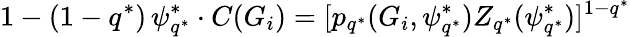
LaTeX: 1-(1-q^{*})\, \psi_{q^{*}}^{*}\cdot C(G_{i})=[p_{q^{*}}(G_{i},\psi_{q^{*}}^{*})Z_{q^{*}}(\psi_{q^{*}}^{*})]^{1-q^{*}}